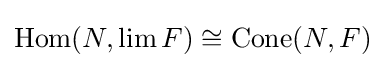
\operatorname {Hom} (N,\lim F)\cong \operatorname {Cone} (N,F)